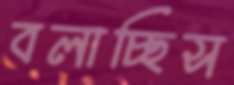
বলাচ্ছিস